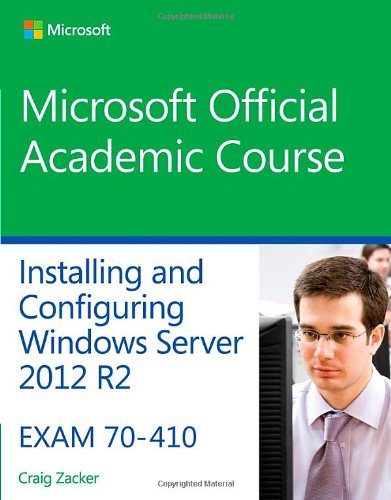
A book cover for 70-410 Installing and Configuring Windows Server 2012 R2 (Microsoft Official Academic Course); Microsoft Official Academic Course; Computers & Technology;